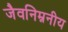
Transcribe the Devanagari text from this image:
जैवनिम्ननीय